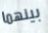
بينهما